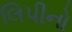
લિપીનો